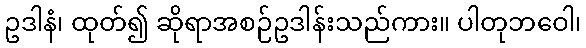
ဥဒါနံ၊ ထုတ်၍ ဆိုရာအစဉ်ဥဒါန်းသည်ကား။ ပါတုဘဝေါ၊